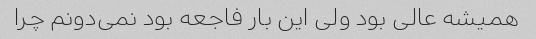
همیشه عالی بود ولی این بار فاجعه بود نمی‌دونم چرا